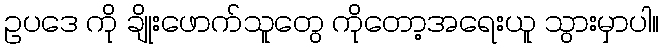
ဥပဒေ ကို ချိုးဖောက်သူတွေ ကိုတော့အရေးယူ သွားမှာပါ။